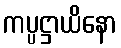
ကပ္ပဋ္ဌာယိနော